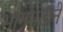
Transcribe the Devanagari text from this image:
भागमतीने